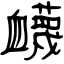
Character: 衊